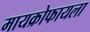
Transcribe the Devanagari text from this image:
मायक्रोफायला